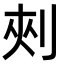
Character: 㓨